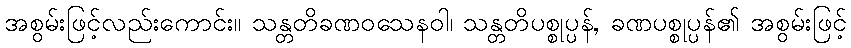
အစွမ်းဖြင့်လည်းကောင်း။ သန္တတိခဏဝသေနဝါ၊ သန္တတိပစ္စုပ္ပန်, ခဏပစ္စုပ္ပန်၏ အစွမ်းဖြင့်